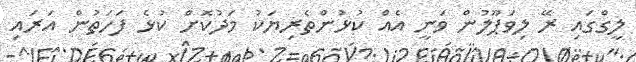
ލީގްގައި ރޭ ލިވަޕޫލުން ވަނީ އެއް ކުޅުންތެރިޔަކު މަދުކޮށް ކުޅެ ފަހަތުން އަަރައި